system: You are a helpful assistant.
user:
Analyze the provided spectrum to determine if it is a **White Dwarf (WD)**.

A White Dwarf spectrum is defined by its **extreme purity** (due to gravitational settling) and/or **extreme pressure broadening** (due to high surface gravity). You must check for one of the following mutually exclusive signatures:

- **Key Visual Indicators (Check for ONE of these types):**

    - **1. DA-Type Signature (Most Common):**
        - **(Primary Feature):** Extreme pressure broadening (Stark broadening) of the **Hydrogen (H) Balmer lines**.
        - **(Key Lines):** $H\beta$ (approx. $4861$ Å) and $H\gamma$ (approx. $4340$ Å). $H\alpha$ (approx. $6563$ Å) will also be present if the wavelength range covers it.
        - **(Line Profile):** This is the **defining feature**. The lines are **NOT** sharp. They appear as massive, **extremely broad and deep "troughs" or "dips"** in the spectrum, often hundreds of Ångströms wide. The continuum will appear to "scoop" down at these wavelengths.
        - **(Distinction):** Normal A-type or B-type stars have *narrow* and *sharp* Hydrogen lines. A DA White Dwarf's lines are unmistakably "smeared" or "blurry" from pressure.

    - **2. DB-Type Signature:**
        - **(Primary Feature):** Broad absorption lines from **Neutral Helium (He I)**. The spectrum must lack any visible Hydrogen lines.
        - **(Key Lines):** Look for broad absorption near $4471$ Å, $4921$ Å, and $5876$ Å.
        - **(Line Profile):** These lines are also significantly pressure-broadened, appearing much wider than they would in a normal B-type main-sequence star.

    - **3. DC-Type Signature:**
        - **(Primary Feature):** A **featureless continuous spectrum**.
        - **(Line Profile):** The spectrum is a smooth curve with **no significant absorption or emission lines**.
        - **(Key Confirmation):** The continuum is almost always **blue or white**, indicating a hot object. This signature implies the atmosphere is so pure (or so cool) that no spectral lines are visible in the optical range. Its WD identity is confirmed by its extremely low intrinsic brightness (high absolute magnitude).

    - **4. DZ-Type Signature (Metal-Polluted):**
        - **(Primary Feature):** **Isolated, narrow metal absorption lines** on an otherwise featureless (DC-like) continuum.
        - **(Key Lines):** The **Calcium (Ca II) H & K doublet** (approx. **$3934$ Å** and **$3968$ Å**) is the most common and defining feature.
        - **(Line Profile):** These lines are "out of place." They are *not* part of a "forest" of thousands of lines. This signature is evidence of recent *accretion* (pollution) from rocky debris.
        - **(Distinction):** Normal G/K/M stars have a *dense forest* of thousands of metal lines. A DZ has a *clean* continuum with *only a few* strong metal lines.

    - **5. DQ-Type Signature (Carbon-Polluted):**
        - **(Primary Feature):** Absorption bands from **Carbon (C₂ "Swan Bands" or atomic C I)**.
        - **(Key Lines - C₂):** Look for bandheads with a "saw-tooth" shape near $5635$ Å, **$5165$ Å** (strongest), and $4737$ Å.
        - **(Key Confirmation):** The underlying **continuum must be blue or white** (hot).
        - **(Distinction):** This is the critical difference from a **Carbon Star**, which has the *exact same* C₂ bands but on an extremely **red, cool** continuum.

- **(Overall Spectrum):**
    - The continuum (overall shape) is typically **blue-sloping** (brighter in the blue than the red), as most white dwarfs are very hot.
    - The spectrum will look "pure" or "simple," dominated by only *one* of the five signatures listed above.

Think first, call **spectral_visualization_tool** if needed to examine features in detail, then provide your final answer. Your response must adhere to the following strict rules:
1.  **Overall Structure:** Your response must follow the format `<think>...</think> <tool_call>...</tool_call> (if a tool is used) <answer>...</answer>`.
2.  **Tool Usage Constraint:** You may only make **one** tool call per turn.
3.  **Final Answer Format:** In the `<answer>` tag, your conclusion must be inside a `\boxed{}` command (e.g., `\boxed{YES}` or `\boxed{NO}`), followed by your justification.

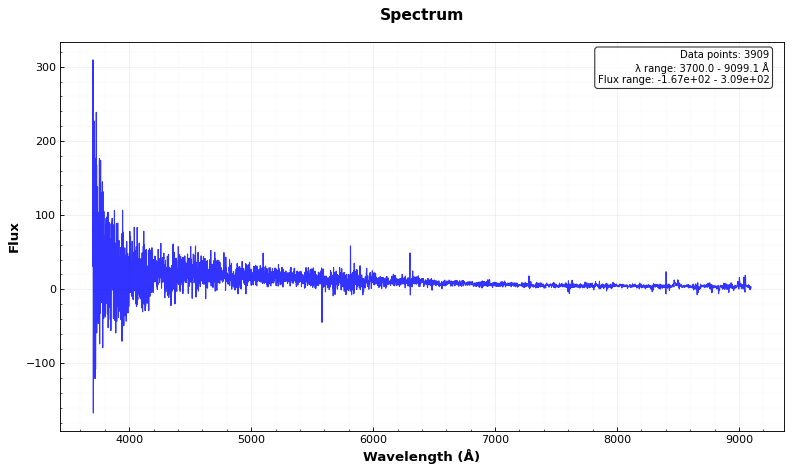
Answer: YES